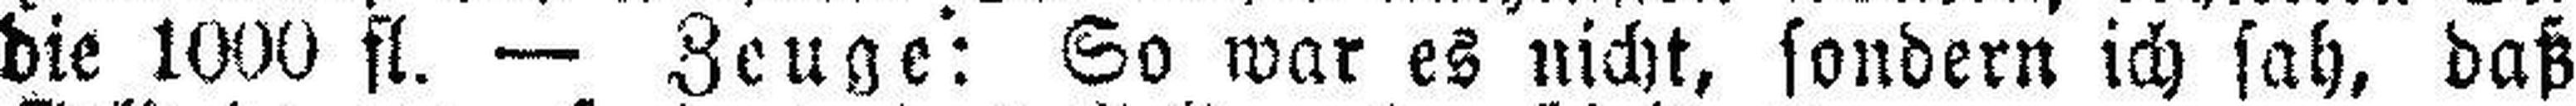
die 1000 fl. — Zeuge: So war es nicht, sondern ich sah, daß